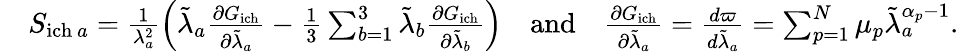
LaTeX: \begin{array}{r}{\quad S_{\mathrm{ich}~a}=\frac{1}{\lambda_{a}^{2}}\left(\tilde{\lambda}_{a}\frac{\partial G_{\mathrm{ich}}}{\partial\tilde{\lambda}_{a}}-\frac{1}{3}\sum_{b=1}^{3}\tilde{\lambda}_{b}\frac{\partial G_{\mathrm{ich}}}{\partial\tilde{\lambda}_{b}}\right)\quad\mathrm{and}\quad\frac{\partial G_{\mathrm{ich}}}{\partial\tilde{\lambda}_{a}}=\frac{d\varpi}{d\tilde{\lambda}_{a}}=\sum_{p=1}^{N}\mu_{p}\tilde{\lambda}_{a}^{\alpha_{p}-1}.}\end{array}